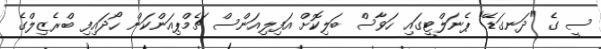
ސީ ގެ "ދަނގަޑޭ" ޕެނަލްޓީގައި ހަވާސް ބަލިކޮށް އަފިލިއަންސް ޗެމްޕިއަންކަން ހޯދައިފި ބްރެޒިލްގެ